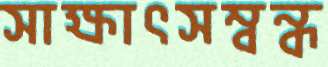
সাক্ষাৎসম্বন্ধ